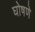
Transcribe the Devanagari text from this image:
घोषणे